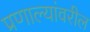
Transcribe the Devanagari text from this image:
प्रणाल्यांवरील